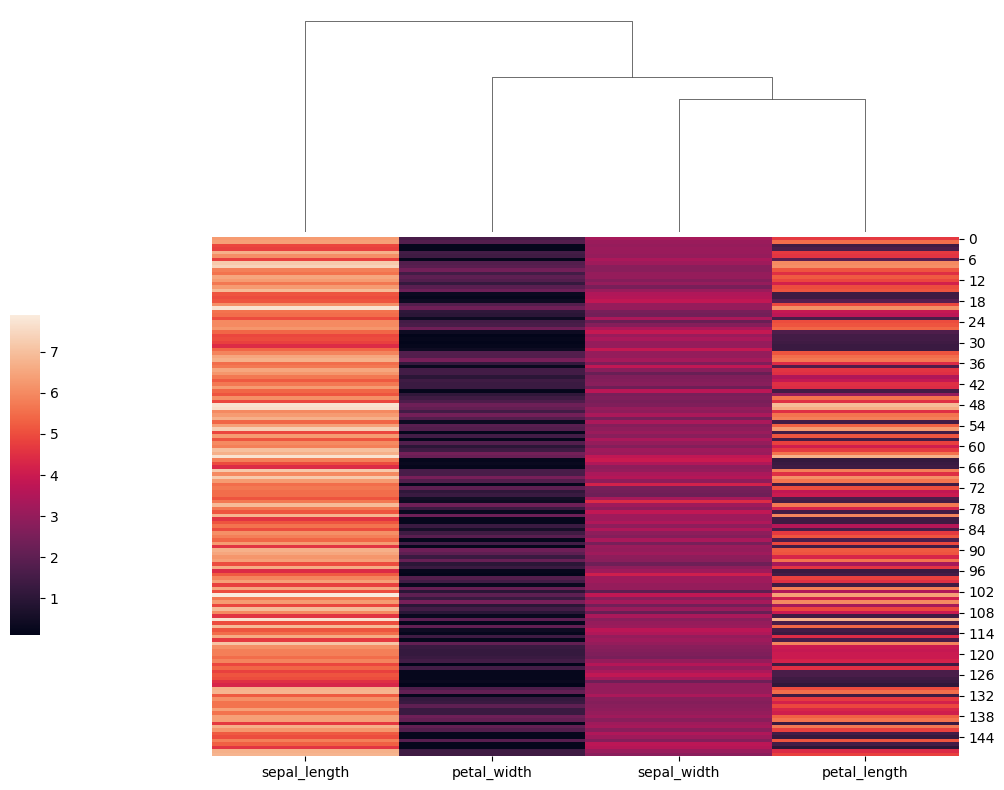
python, seaborn, clustermap, figsize=(10, 8), row_cluster=False, dendrogram_ratio=(0.2, 0.3), cbar_pos=(0, 0.2, 0.03, 0.4)